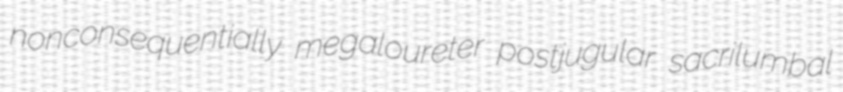
nonconsequentially megaloureter postjugular sacrilumbal